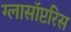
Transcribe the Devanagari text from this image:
ग्लासॉप्टरिस